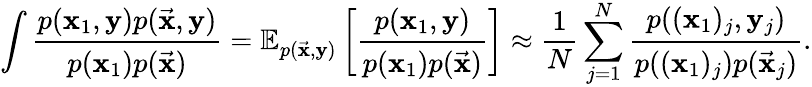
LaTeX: \int\frac{p(\mathbf{x}_{1},\mathbf{y})p(\vec{\mathbf{x}},\mathbf{y})}{p(\mathbf{x}_{1})p(\vec{\mathbf{x}})}=\mathbb{E}_{p(\vec{\mathbf{x}},\mathbf{y})}\left[\frac{p(\mathbf{x}_{1},\mathbf{y})}{p(\mathbf{x}_{1})p(\vec{\mathbf{x}})}\right]\approx\frac{1}{N}\sum_{j=1}^{N}\frac{p((\mathbf{x}_{1})_{j},\mathbf{y}_{j})}{p((\mathbf{x}_{1})_{j})p(\vec{\mathbf{x}}_{j})}.